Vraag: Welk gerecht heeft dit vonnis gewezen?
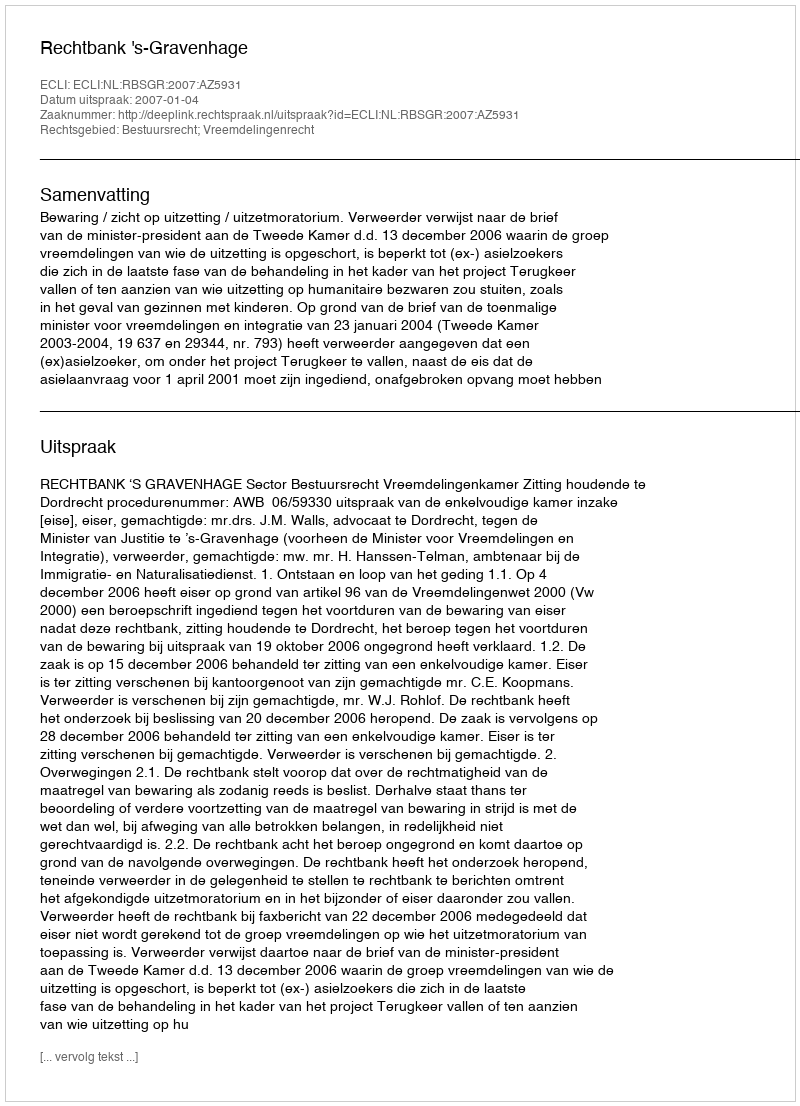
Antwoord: Rechtbank 's-Gravenhage